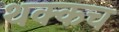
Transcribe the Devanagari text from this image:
थक्कच